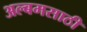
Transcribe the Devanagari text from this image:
अल्बमसाठी